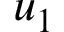
u _ { 1 }